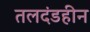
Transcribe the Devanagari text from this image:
तलदंडहीन